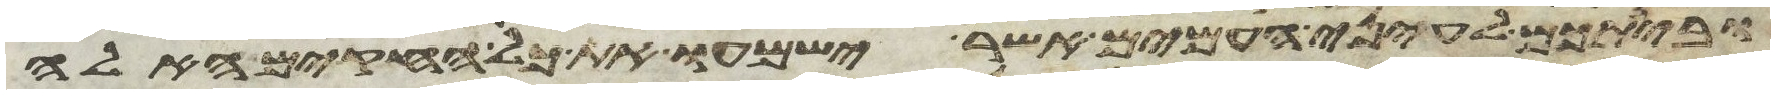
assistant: ובינתכם לעיני העמים אשר ישמעו את כל החקים האלה